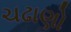
ચઢાણો